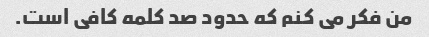
من فکر می کنم که حدود صد کلمه کافی است.